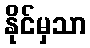
နိုင်မှသာ